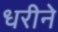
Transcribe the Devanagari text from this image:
धरीने